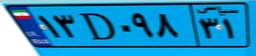
۴۹D۳۷۴۵۰